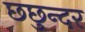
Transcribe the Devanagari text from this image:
छछुन्दर